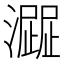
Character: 𤁍